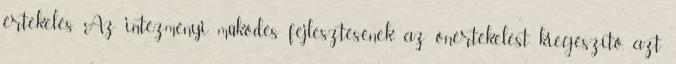
értékelés Az intézményi működés fejlesztésének az önértékelést kiegészítő, azt